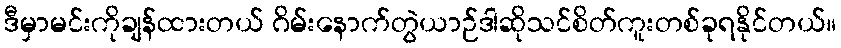
ဒီမှာမင်းကိုချန်ထားတယ် ဂိမ်းနောက်တွဲယာဉ်ဒါဆိုသင်စိတ်ကူးတစ်ခုရနိုင်တယ်။